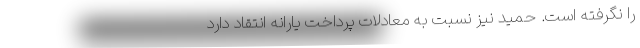
را نگرفته است. حمید نیز نسبت به معادلات پرداخت یارانه انتقاد دارد